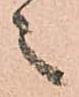
之